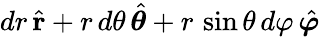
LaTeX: dr\, {\hat{\mathbf{r}}}+r\, d\theta\, {\hat{\boldsymbol{\theta}}}+r\, \sin\theta\, d\varphi\, {\hat{\boldsymbol{\varphi}}}